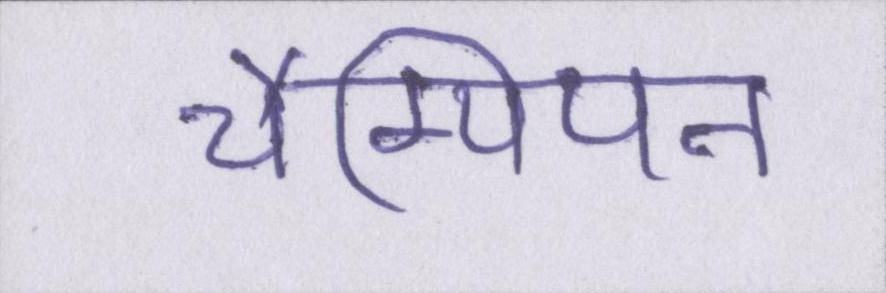
चैम्पियन